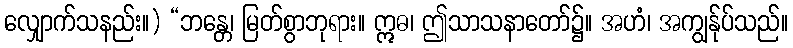
လျှောက်သနည်း။) “ဘန္တေ၊ မြတ်စွာဘုရား။ ဣဓ၊ ဤသာသနာတော်၌။ အဟံ၊ အကျွန်ုပ်သည်။